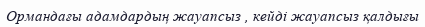
Ормандағы адамдардың жауапсыз , кейді жауапсыз қалдығы